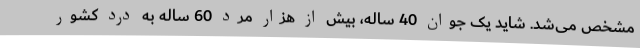
مشخص می‌شد. شاید یک جوان 40 ساله، بیش از هزار مرد 60 ساله به درد کشور